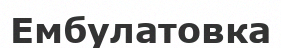
Ембулатовка